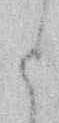
と